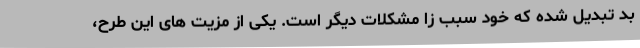
بد تبدیل شده که خود سبب زا مشکلات دیگر است. یکی از مزیت های این طرح،